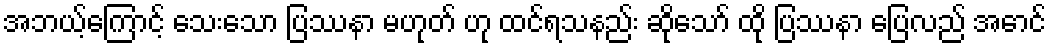
အဘယ့်ကြောင့် သေးသော ပြဿနာ မဟုတ် ဟု ထင်ရသနည်း ဆိုသော် ထို ပြဿနာ ပြေလည် အောင်